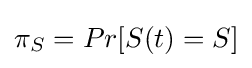
\pi _{S}=Pr[S(t)=S]